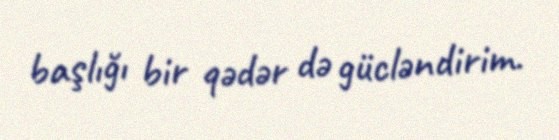
başlığı bir qədər də gücləndirim.